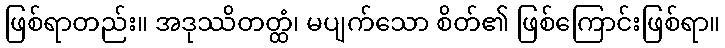
ဖြစ်ရာတည်း။ အဒုဿိတတ္ထံ၊ မပျက်သော စိတ်၏ ဖြစ်ကြောင်းဖြစ်ရာ။